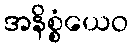
အနိစ္စံယေဝ